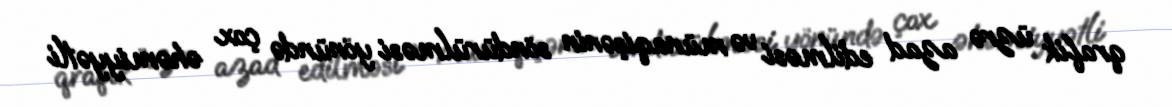
qrafik üzrə azad edilməsi və münaqişənin söndürülməsi yönündə çox əhəmiyyətli